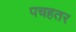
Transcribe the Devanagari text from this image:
पचहतर